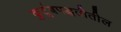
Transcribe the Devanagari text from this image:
कुटुंबपद्धतीतील